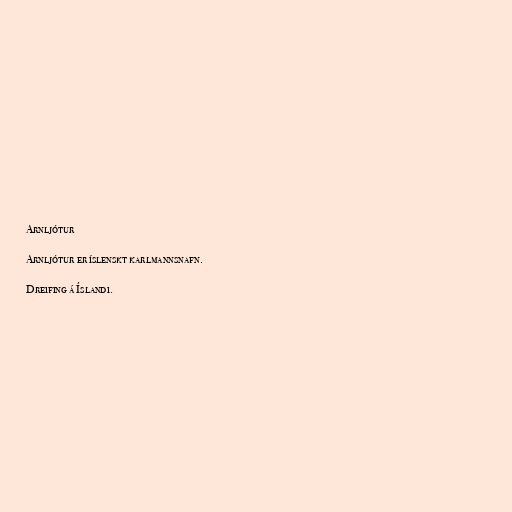
Arnljótur

Arnljótur er íslenskt karlmannsnafn.

Dreifing á Íslandi.